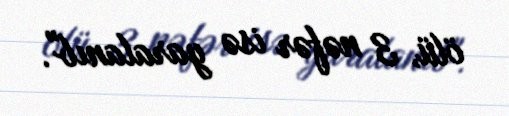
ölü, 3 nəfər isə yaralanıb".